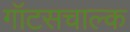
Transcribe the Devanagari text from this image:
गॉटसचाल्क